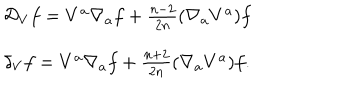
\begin{array} { l } { { { \mathcal D } _ { V } f = V ^ { a } \nabla _ { a } f + \frac { n - 2 } { 2 n } ( \nabla _ { a } V ^ { a } ) f } } \\ { { \delta _ { V } f = V ^ { a } \nabla _ { a } f + \frac { n + 2 } { 2 n } ( \nabla _ { a } V ^ { a } ) f . } } \\ \end{array}